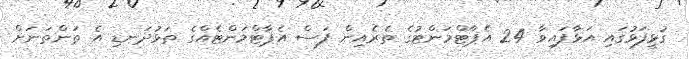
ގުޅީފަޅުގައި އަޅާފައިވާ 24 އެޕާޓްމަންޓުގެ ތެރެއިން ފަސް އެޕާޓްމަންޓެއްގެ ތަޅުދަނޑި އެ ތަންތަނަށް